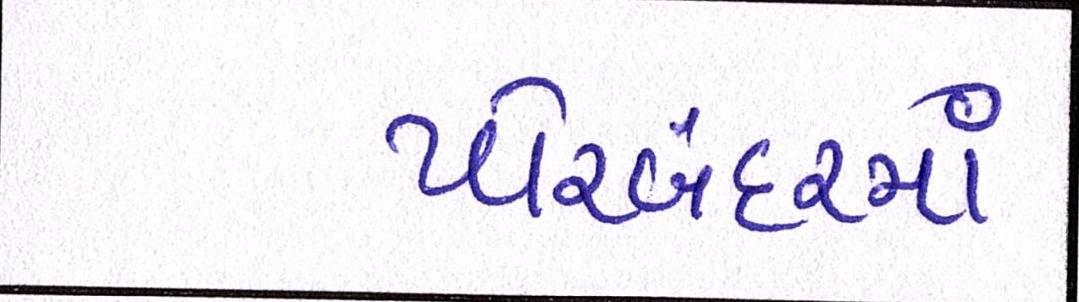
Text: પોરબંદરમાં